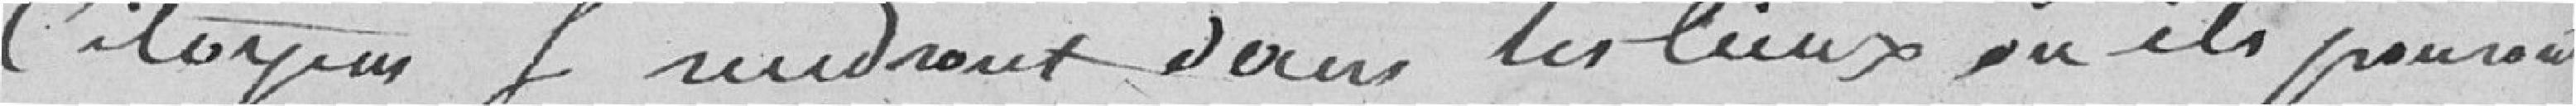
citoyens se redront dans les lieux ou ils pourront